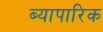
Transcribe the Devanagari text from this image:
ब्यापारिक